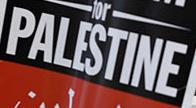
palestine